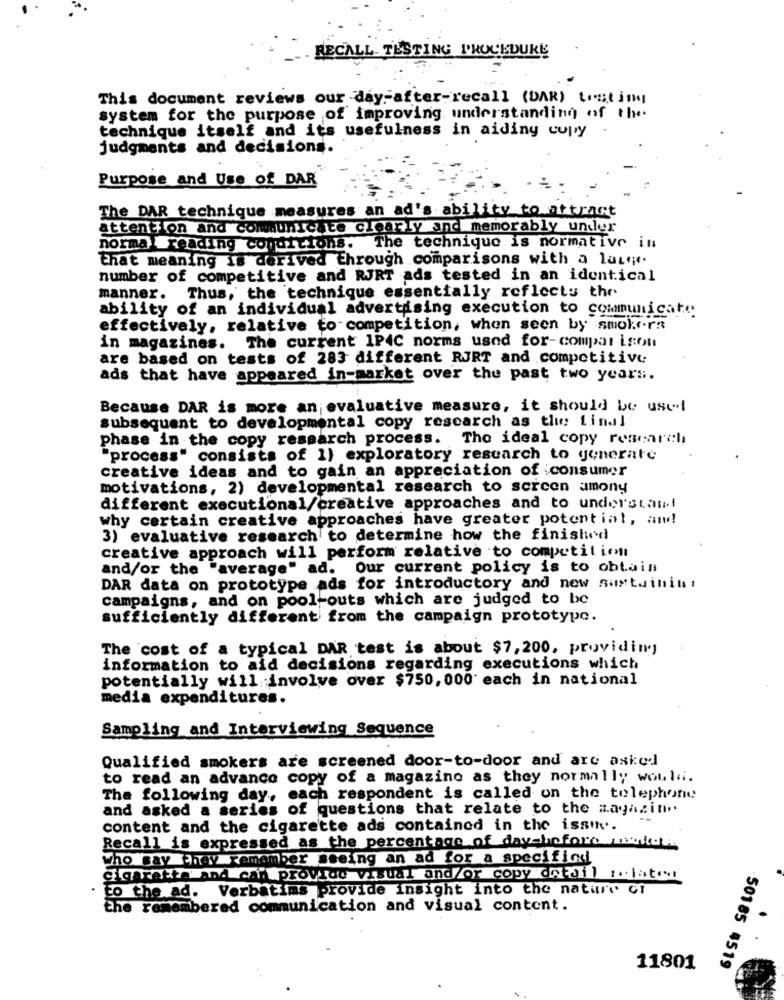
RECALL TESTING PROCEDURE
This document reviews our day after-recall (DAR) timtim
system for the purpose of improving understanding of the
technique itself and its usefulness in aiding copy
judgments and decisions.
Purpose and Use of DAR
The DAR technique measures an ad's ability to attract
attention and communicate clearly and memorably under
normal reading conditions. The technique is normative in
that meaning is derived through comparisons with a laser.
number of competitive and RJRT ads tested in an identical
manner. Thus, the technique essentially reflects thr
ability of an individual advertising execution to communicate
effectively, relative to-competition, when seen by smokers
in magazines. The current IP4C norms used for-compar Lson
are based on tests of 283 different RJRT and competitive
ads that have appeared in-market over the past two years.
Because DAR is more an evaluative measure, it should be usel
subsequent to developmental copy research as the final
phase in the copy research process. The ideal copy research
"process" consists of 1) exploratory research to generate
creative ideas and to gain an appreciation of consumer
motivations, 2) developmental research to screen amony
different executional/creative approaches and to understand
why certain creative approaches have greater potential, and!
3) evaluative research to determine how the finished
creative approach will perform relative to competition
and/or the "average" ad. Our current policy is to obtain
DAR data on prototype ads for introductory and new sustainin !
campaigns, and on pool-outs which are judged to be
sufficiently different from the campaign prototype.
The cost of a typical DAR test is about $7,200, providing
information to aid decisions regarding executions which
potentially will involve over $750, 000 each in national
media expenditures.
Sampling and Interviewing Sequence
Qualified smokers are screened door-to-door and are asked
to read an advance copy of a magazine as they normally would.
The following day, each respondent is called on the telephone
and asked a series of questions that relate to the magazin".
content and the cigarette ads contained in the issu.
Recall is expressed as the percentage of daysbefore mente
who say they remember seeing an ad for a specificd
Cigarette and can provide visual and/or copy detdil related
to the ad. Verbatims provide insight into the nature Ci
the remembered communication and visual content.
50185 4519
11801